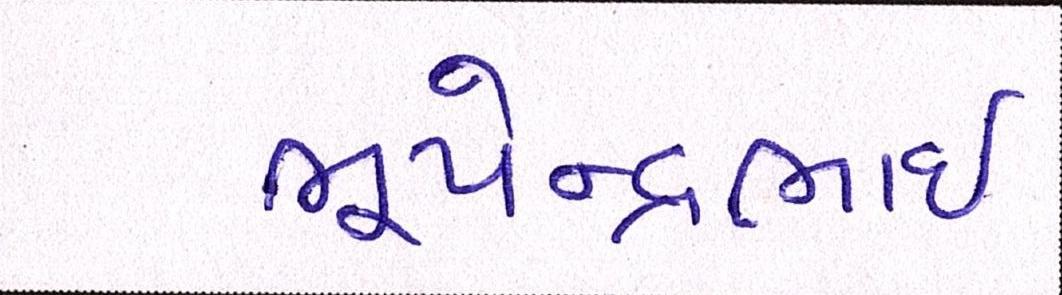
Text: ભૂપેન્દ્રભાઈ